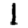
Digit: 1